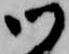
御